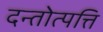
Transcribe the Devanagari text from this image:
दन्तोत्पत्ति